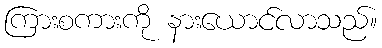
ကြားစကားကို နားယောင်လာသည်။